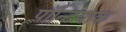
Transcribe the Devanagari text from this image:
पॉन्टियाक